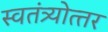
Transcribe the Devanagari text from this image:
स्वतंत्र्योत्‍तर